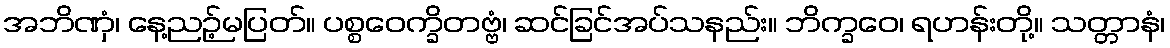
အဘိဏှံ၊ နေ့ညဉ့်မပြတ်။ ပစ္စဝေက္ခိတဗ္ဗံ၊ ဆင်ခြင်အပ်သနည်း။ ဘိက္ခဝေ၊ ရဟန်းတို့။ သတ္တာနံ၊